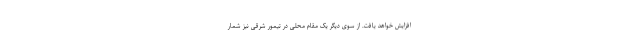
افزایش خواهد یافت. از سوی دیگر یک مقام محلی در تیمور شرقی نیز شمار